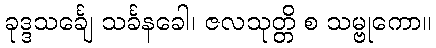
ခုဒ္ဒသင်္ချေ သင်္ခနခေါ၊ ဇလသုတ္တိ စ သမ္ဗုကော။